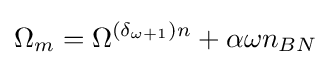
\Omega _{m}=\Omega ^{(\delta _{\omega +1}){n}}+\alpha {\omega }n_{BN}